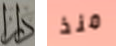
دار منذ